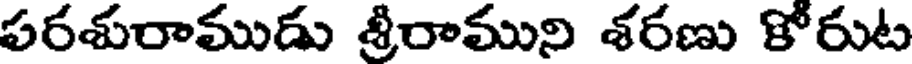
పరశురాముడు శ్రీరాముని శరణు కోరుట